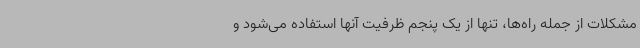
مشکلات از جمله راه‌ها، تنها از یک پنجم ظرفیت آنها استفاده می‌شود و